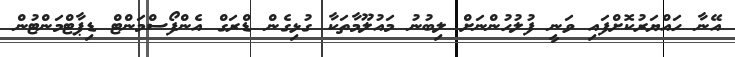
އޭނާ ހައްޔަރުކޮށްފައި ވަނީ ފުލުހުންނަށް ލިބުނު މައުލޫމާތަކާ ގުޅިގެން ޑްރަގް އެންފޯސްމަންޓް ޑިޕާޓްމަންޓުން